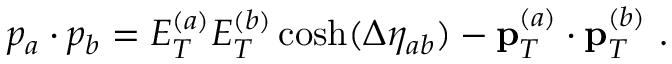
p _ { a } \cdot p _ { b } = E _ { T } ^ { ( a ) } E _ { T } ^ { ( b ) } \cosh ( \Delta \eta _ { a b } ) - { \bf p } _ { T } ^ { ( a ) } \cdot { \bf p } _ { T } ^ { ( b ) } \ .